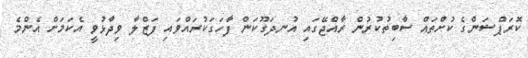
ކޮރަޕްޝަންގެ ކުށްތައް ސާބިތުކުރުން ރާއްޖޭގައި އުނދަގޫކަން ފާހަގަކުރައްވައި ފަޒްލާ ވިދާޅުވީ އެކަމަށް އެންމެ